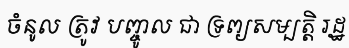
ចំនូល ត្រូវ បញ្ចូល ជា ទ្រព្យសម្បត្តិ រដ្ឋ